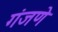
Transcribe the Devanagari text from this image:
गंजणे